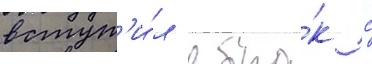
вступ'и́л в бра́к с